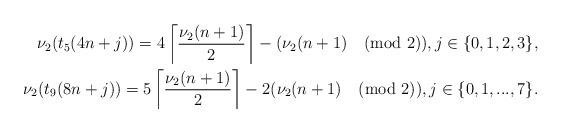
LaTeX: \begin{align*}\nu_2(t_5(4n+j))=4\left\lceil\frac{\nu_2(n+1)}{2}\right\rceil-(\nu_2(n+1)\pmod{2}),j\in\{0,1,2,3\},\\\nu_2(t_9(8n+j))=5\left\lceil\frac{\nu_2(n+1)}{2}\right\rceil-2(\nu_2(n+1)\pmod{2}),j\in\{0,1,...,7\}.\end{align*}